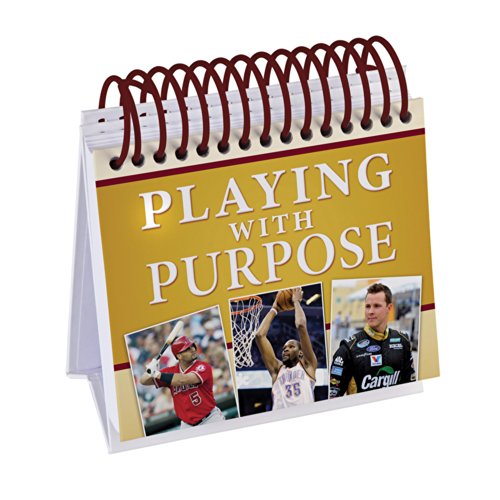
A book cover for Playing with Purpose Perpetual Calendar: (365 Perpetual Calendars); Calendars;